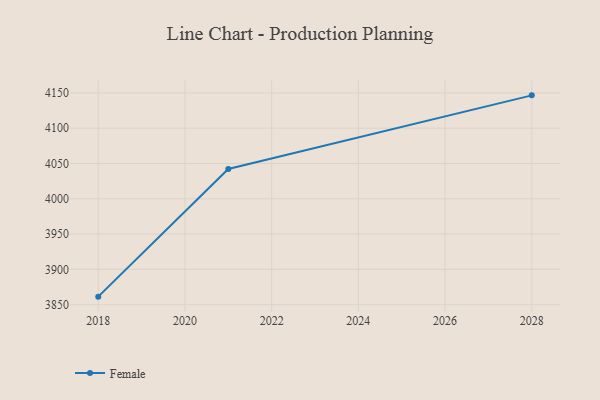
{"axis": {"x": "Year", "y": "Inventory Turnover"}, "legend": ["Female"], "data": [{"x": "2028", "y": 4146.5, "type": "Female"}, {"x": "2021", "y": 4042.2, "type": "Female"}, {"x": "2018", "y": 3861.3, "type": "Female"}]}